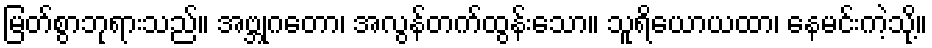
မြတ်စွာဘုရားသည်။ အဗ္ဘုဂတော၊ အလွန်တက်ထွန်းသော။ သူရိယောယထာ၊ နေမင်းကဲ့သို့။